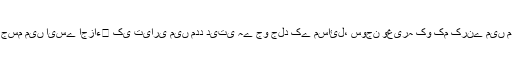
ایسی مچھلی جسم میں ایسے اجزاء￿ کی تیاری میں مدد دیتی ہے جو جلد کے مسائل، سوجن وغیرہ کو کم کرنے میں مد دیتے ہیں۔